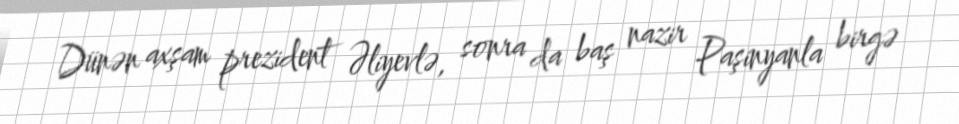
Dünən axşam prezident Əliyevlə, sonra da baş nazir Paşinyanla birgə